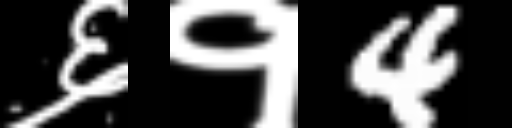
Text: ६१4